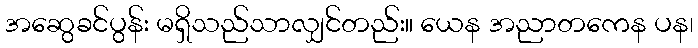
အဆွေခင်ပွန်း မရှိသည်သာလျှင်တည်း။ ယေန အညာတကေန ပန၊